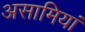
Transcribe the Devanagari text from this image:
असामियां